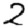
Digit: 2